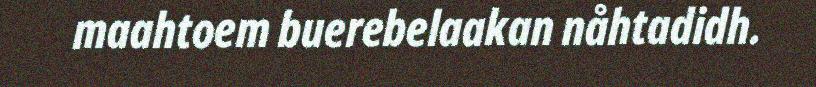
maahtoem buerebelaakan nåhtadidh.